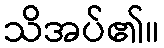
သိအပ်၏။